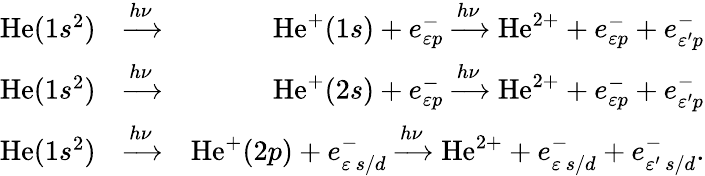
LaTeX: \begin{array}{rlr}{\mathrm{He}(1s^{2})}&{\xrightarrow{h\nu}}&{\mathrm{He}^{+}(1s)+e_{\varepsilon{p}}^{-}\xrightarrow{h\nu}\mathrm{He}^{2+}+e_{\varepsilon{p}}^{-}+e_{\varepsilon^{\prime}p}^{-}}\\ {\mathrm{He}(1s^{2})}&{\xrightarrow{h\nu}}&{\mathrm{He}^{+}(2s)+e_{\varepsilon{p}}^{-}\xrightarrow{h\nu}\mathrm{He}^{2+}+e_{\varepsilon{p}}^{-}+e_{\varepsilon^{\prime}p}^{-}}\\ {\mathrm{He}(1s^{2})}&{\xrightarrow{h\nu}}&{\mathrm{He}^{+}(2p)+e_{\varepsilon\, {s/d}}^{-}\xrightarrow{h\nu}\mathrm{He}^{2+}+e_{\varepsilon\, {s/d}}^{-}+e_{\varepsilon^{\prime}\, {s/d}}^{-}.}\end{array}